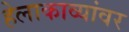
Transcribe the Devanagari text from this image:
हेलाकाव्यांवर